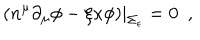
( n ^ { \mu } \partial _ { \mu } \phi - \xi \kappa \phi ) | _ { \Sigma _ { \epsilon } } = 0 ~ ~ ,